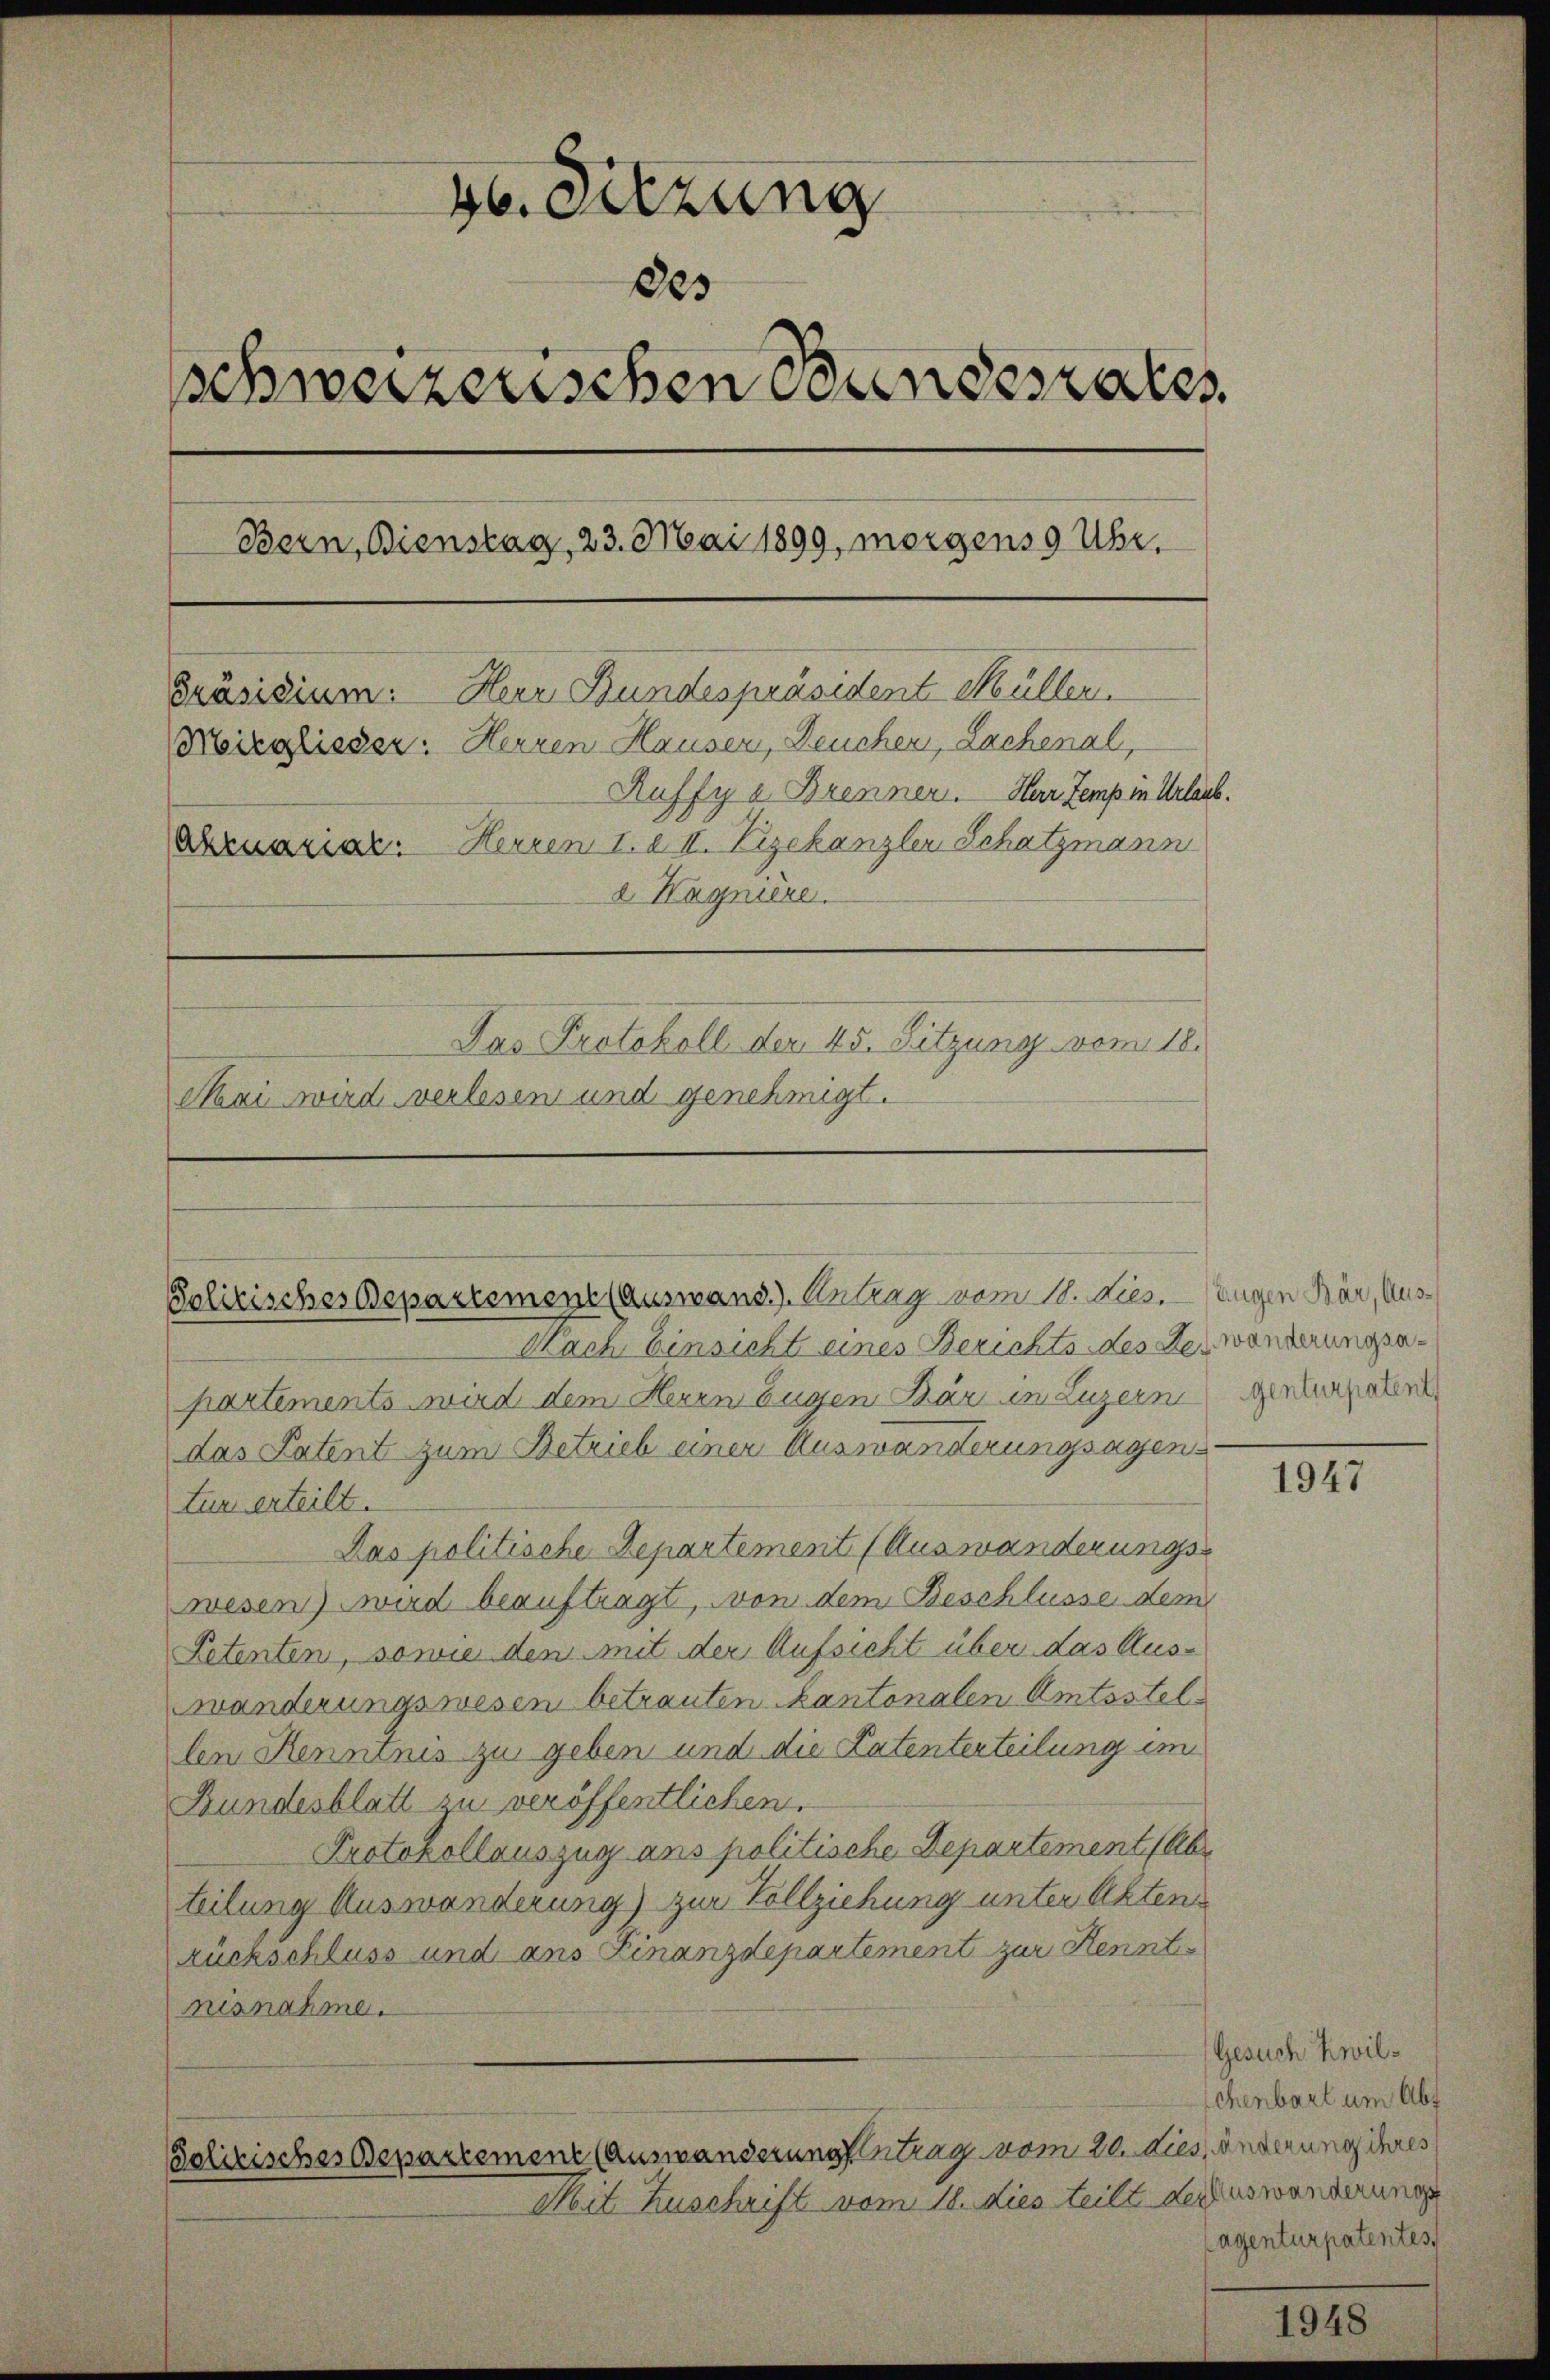
46. Sitzung
Des
schweizerischen Bundesrates
Bern, Bienstag, 23. Mai 1899, morgens 9 Uhr.
Präsidium. Herr Bundespräsident Müllen.
Mirglisser. Herren Hausen, Deuchen, Lachenal,
Ruffy v. Brennen. Herr Temp in Urlaub.
Arzuariar. Herren 1. II. Vizekanzler Schatzmann
a. Hagnière.
Das Protokoll der 45. Sitzung vom 18.
Mai wird verlesen und genehmigt.

Golitisches Departement (Auswand.). Antrag vom 18. Nies. Eugen Bär, Aus¬

Nach Einsicht eines Berichts des der wanderungsapartements wird dem Herrn Eugen Bär in Luzern
das Patent zum Betrieb einer Auswanderungsagentur erteilt.
Das politische Departement (Auswanderungs-
wesen wird beauftragt, von dem Beschlüsse dem
Petenten, sowie dem mit der Aufsicht über das Auswanderungswesen betrauten kantonalen Amtsstellen Renntnis zu geben und die Patenterteilung im
Bundesblatt zu veröffentlichen.
Protokollauszug ans politische Departement (Abr
teilung Auswanderung) zur Vollziehung unter Aktenrückschluss und ans Finanzdepartement zur Kenntnisnahme.
Solitisches Departement (Auswanderungsantrag vom 20. dies änderung ihres
Mit Zuschrift vom 18. dies teilt der Auswanderungs

genturpatent

1947

Gesuch Zwilchenbart um Abs
agenturpatentes